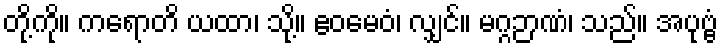
တို့ကို။ ကရောတိ ယထာ၊ သို့။ ဧဝမေဝံ၊ လျှင်။ မဂ္ဂဉာဏံ၊ သည်။ အပုဗ္ဗံ